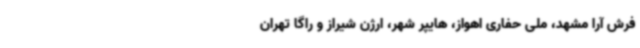
فرش آرا مشهد، ملی حفاری اهواز، هایپر شهر، ارژن شیراز و راگا تهران